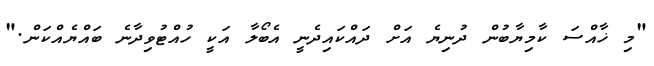
"މި ޚާއްސަ ކާމިޔާބުން ދުނިޔެ އަށް ދައްކައިދެނީ އެބޯލާ އަކީ ހުއްޓުވިދާނެ ބައްޔެއްކަން."